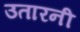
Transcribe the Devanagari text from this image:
उतारनी